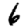
Digit: 6